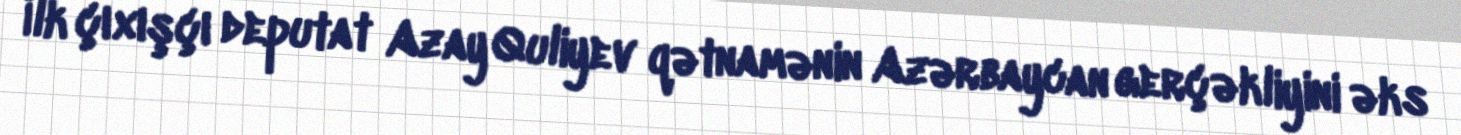
İlk çıxışçı deputat Azay Quliyev qətnamənin Azərbaycan gerçəkliyini əks